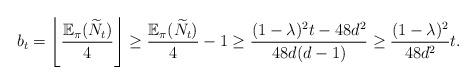
LaTeX: \begin{align*}b_t=\left \lfloor \frac{\mathbb{E}_\pi(\widetilde{N}_t)}{4}\right \rfloor \geq \frac{\mathbb{E}_\pi(\widetilde{N}_t)}{4} -1 \geq \frac{(1-\lambda)^2t -48d^2}{48d(d-1)}\geq \frac{(1-\lambda)^2}{48d^2}t.\end{align*}